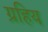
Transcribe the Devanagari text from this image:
ग्रहिय